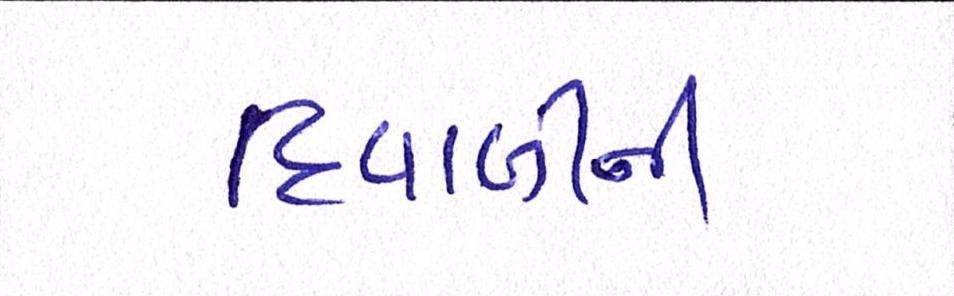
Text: દિવાળીની